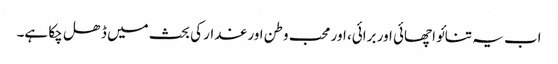
اب یہ تنائو اچھائی اور برائی، اور محب وطن اور غدار کی بحث میں ڈھل چکا ہے۔